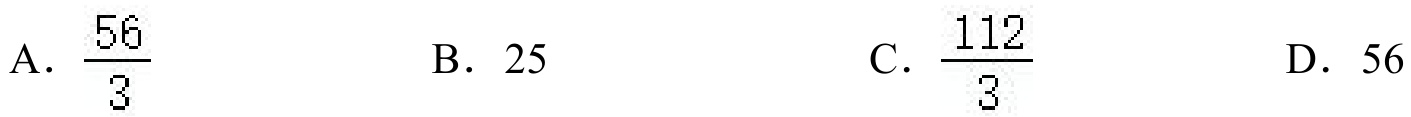
A．\(\frac{56}{3}\)  B．25  C．\(\frac{112}{3}\)  D．56